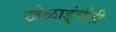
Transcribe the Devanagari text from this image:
खेळाडूंचीही